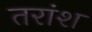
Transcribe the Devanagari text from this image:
तरांश